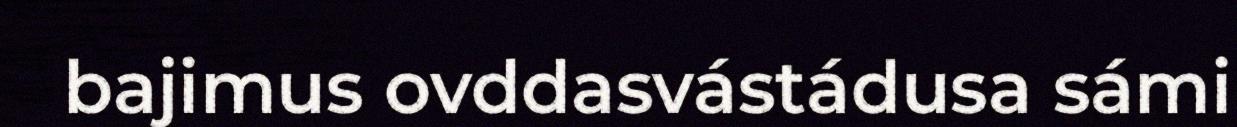
bajimus ovddasvástádusa sámi